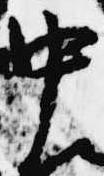
中